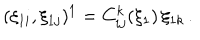
LaTeX: ( \xi _ { 1 i } , \xi _ { 1 j } ) ^ { 1 } = C _ { i j } ^ { k } ( \xi _ { 1 } ) \, \xi _ { 1 k } \, .